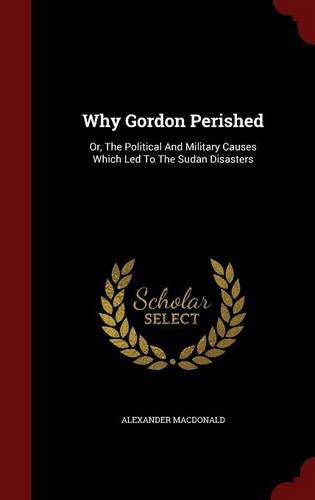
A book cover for Why Gordon Perished: Or, The Political And Military Causes Which Led To The Sudan Disasters; Alexander Macdonald; History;